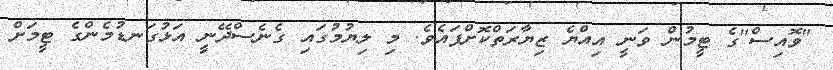
"ވޮއިސް"ގެ ޓީމުން ވަނީ އިއްޔެ ޒިޔާރަތްކޮށްފައެވެ. މި ލިޔުމުގައި ގެނެސްދޭނީ އަޅުގަނޑުމެންގެ ޓީމަށް